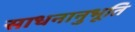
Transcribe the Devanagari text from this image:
साधनानुभूति